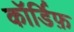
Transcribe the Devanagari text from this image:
कॉर्डिफ़